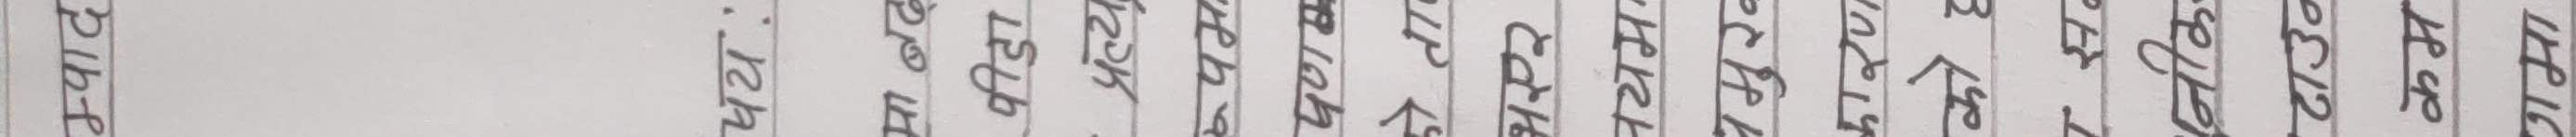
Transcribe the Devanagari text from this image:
म्पाद
षय:
मा बढ्
पीडा
प्रत्य
रुपम
10时
को ता
भएर
नयम
प्रमुख
कारण
को ह
नीक
टाउन
कम
गमा